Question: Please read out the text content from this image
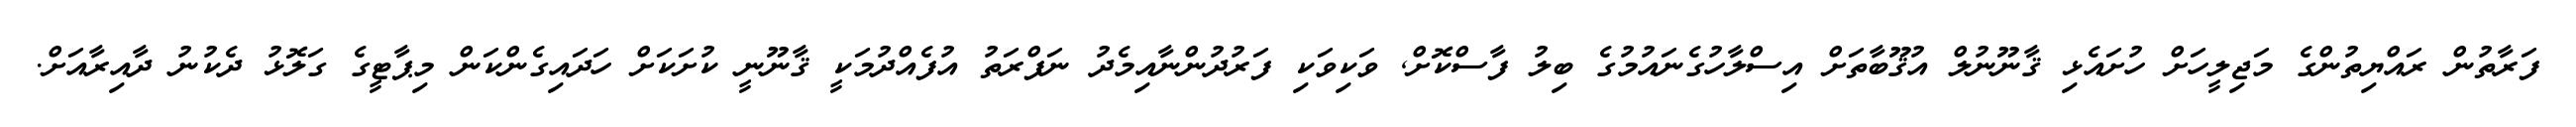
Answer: ފަރާތުން ރައްޔިތުންގެ މަޖިލީހަށް ހުށައެޅި ޤާނޫނުލް އުޤޫބާތަށް އިސްލާހުގެނައުމުގެ ބިލު ފާސްކޮށް, ވަކިވަކި ފަރުދުންނާއިމެދު ނަފްރަތު އުފެއްދުމަކީ ޤާނޫނީ ކުށަކަށް ހަދައިގެންކަން މިޕާޓީގެ ގަލޮޅު ދެކުނު ދާއިރާއަށް.